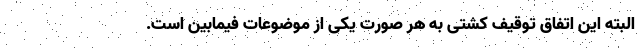
البته این اتفاق توقیف کشتی به هر صورت یکی از موضوعات فیمابین است.